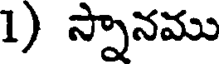
1) స్నానము